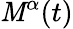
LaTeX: \mathit{M}^{\alpha}(t)